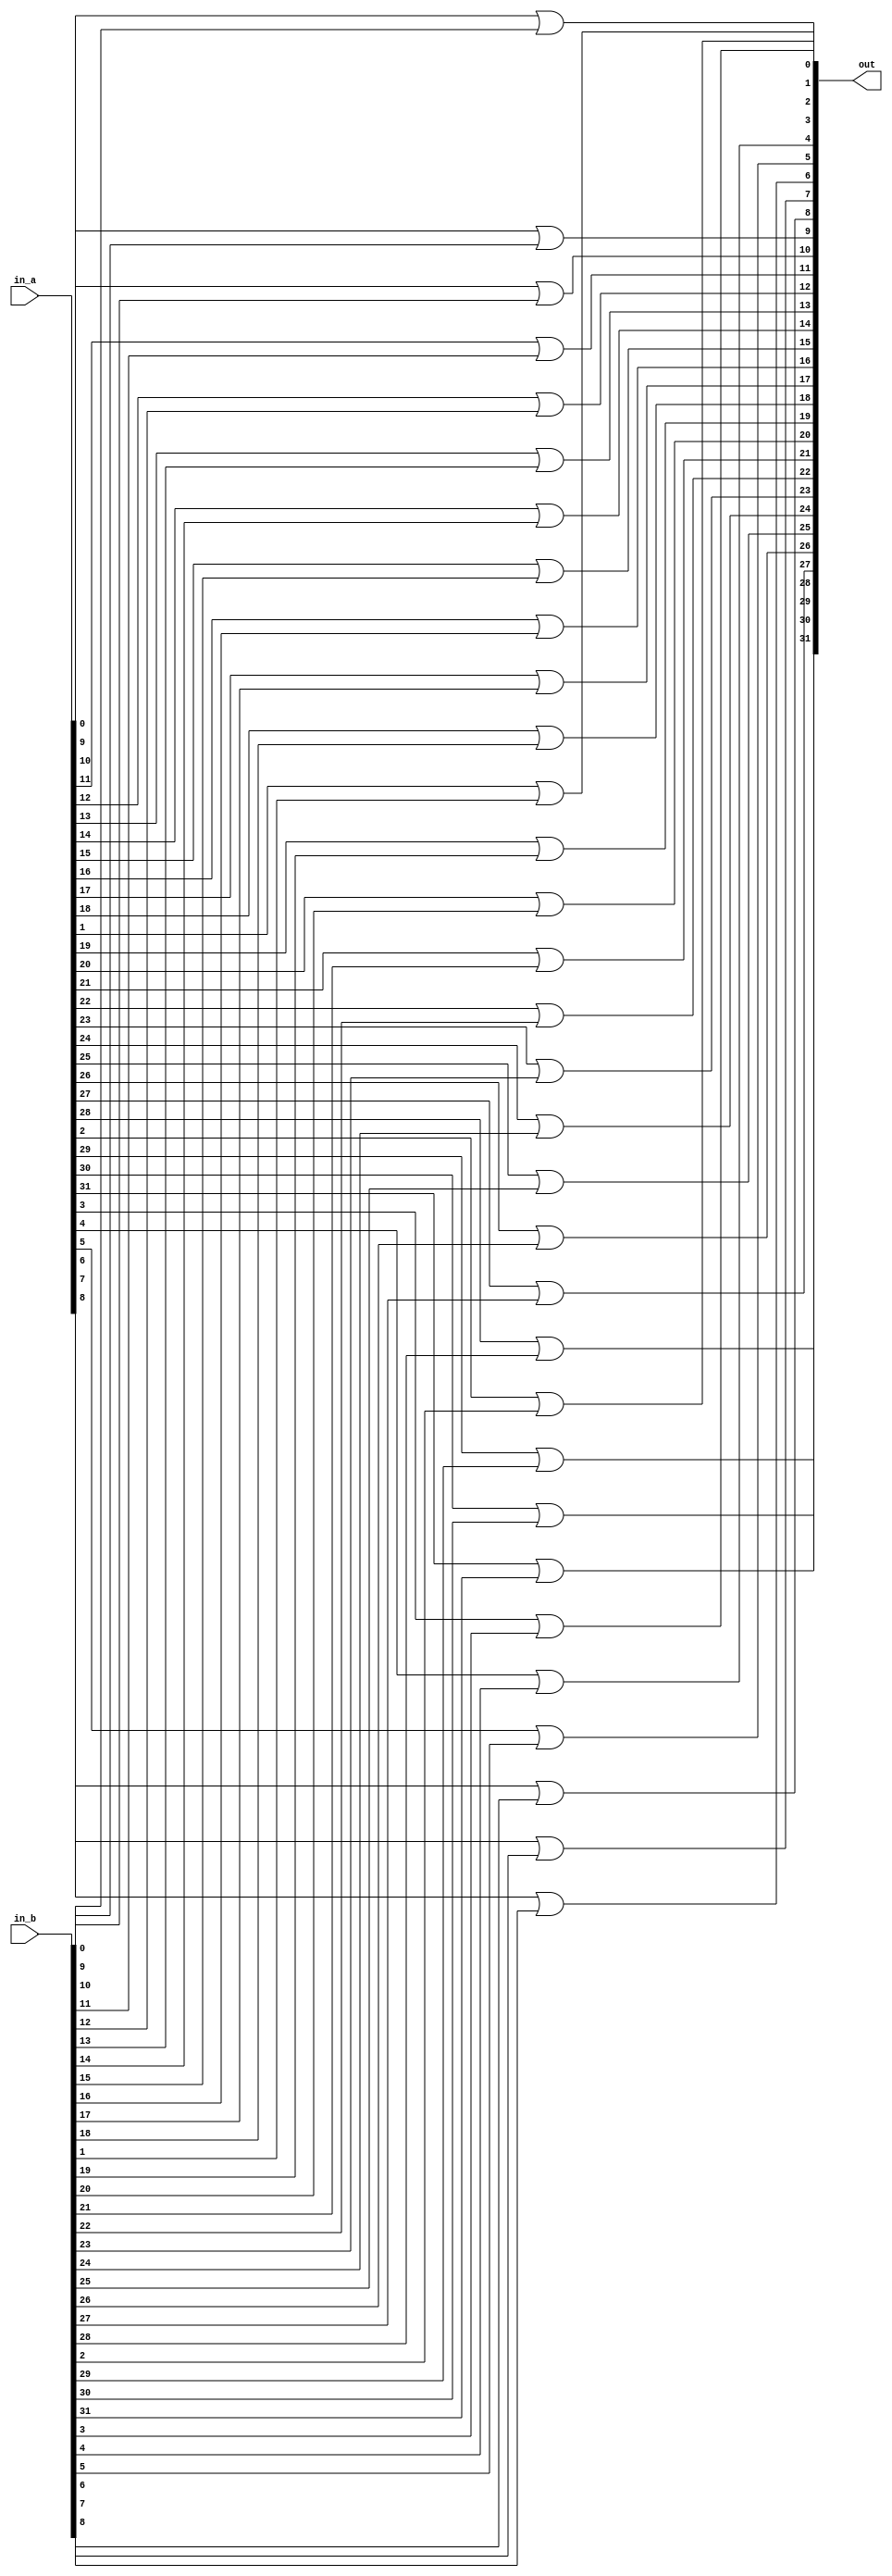
module logic_or (in_a, in_b, out);
	input [31:0] in_a, in_b;
	output [31:0] out;
	genvar i;
	generate
	for(i = 0; i < 32; i = i+1) begin: generate_block_identifier1
		or or_1(out[i], in_a[i], in_b[i]);
	end
	endgenerate
endmodule